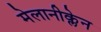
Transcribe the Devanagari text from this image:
मेलानीक्लेन